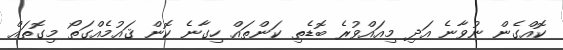
ކޮއްގެން ނުވާނެ އަދި މިއައްވުރެ ބޮޑެތި ކަންތައް ހިގާނެ ކޮން ޤައުމެއްގަތޯ މިގޮތައް